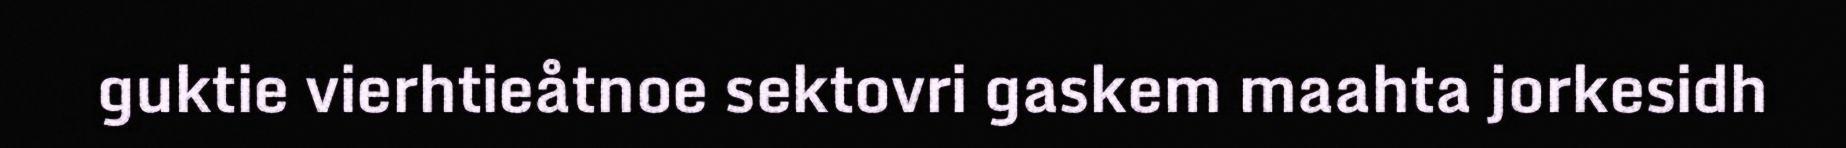
guktie vierhtieåtnoe sektovri gaskem maahta jorkesidh